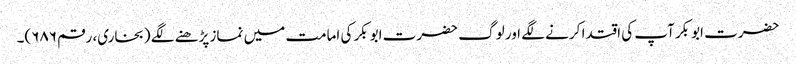
حضرت ابوبکر آپ کی اقتدا کرنے لگے اور لوگ حضرت ابوبکر کی امامت میں نماز پڑھنے لگے (بخاری، رقم ۶۸۶)۔